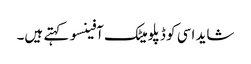
شاید اسی کو ڈپلومیٹک آفینسو کہتے ہیں۔